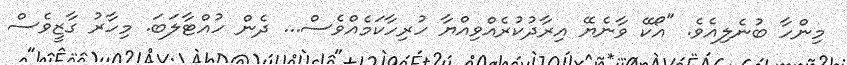
މިންހާ ބުނެލިއެވެ. "އޯކޭ ވާނެޔޭ އިރާދުކުރެއްވިއްޔާ ހުރިހާކަމެއްވެސް... ދެން ހުއްޓާލަބަ. މިހާރު ގާޒީވެސް